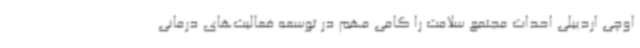
اوچی اردبیلی احداث مجتمع سلامت را گامی مهم در توسعه فعالیت‌های درمانی